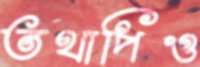
তথাপিও